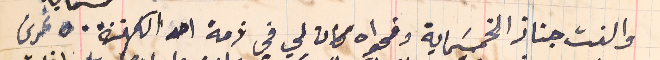
والفت جناز الخمسَماية وفحواه كان لي في ذمة احد الكهنة ٥٠٠  غرش